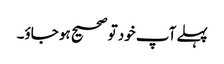
پہلے آپ خود تو صحیح ہو جاؤ۔